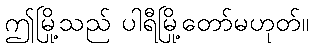
ဤမြို့သည် ပါရီမြို့တော်မဟုတ်။